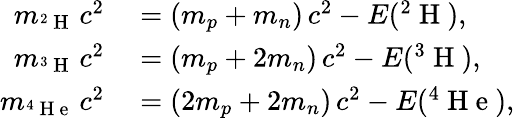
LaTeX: \begin{array}{rl}{m_{^2\mathrm{~H~}}\, c^{2}}&{{}=(m_{p}+m_{n})\, c^{2}-E(^{2}\mathrm{~H~}),}\\ {m_{^3\mathrm{~H~}}\, c^{2}}&{{}=(m_{p}+2m_{n})\, c^{2}-E(^{3}\mathrm{~H~}),}\\ {m_{^4\mathrm{~H~e~}}\, c^{2}}&{{}=(2m_{p}+2m_{n})\, c^{2}-E(^{4}\mathrm{~H~e~}),}\end{array}